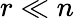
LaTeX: r\ll n